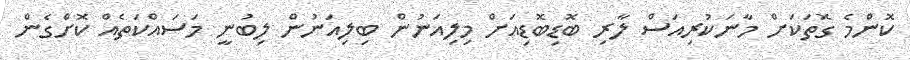
ކޮންމެ ގޮތަކަށް މާނަކުރިއަސް ލާރި ބޮޑިބޮޑިއަށް މިލިއަނުން ބިލިއަނުން ލިބުނީ މަސައްކަތެއް ކޮށްގެން